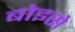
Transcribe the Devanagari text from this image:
बोइसे